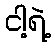
ငါ့ရဲ့